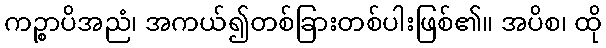
ကဉ္စာပိအညံ၊ အကယ်၍တစ်ခြားတစ်ပါးဖြစ်၏။ အပိစ၊ ထို